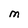
Character: M